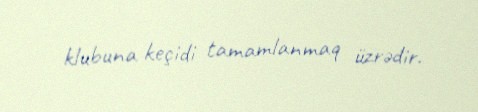
klubuna keçidi tamamlanmaq üzrədir.